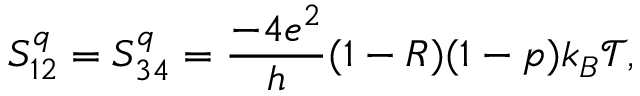
{ S _ { 1 2 } ^ { q } = S _ { 3 4 } ^ { q } = \frac { - 4 e ^ { 2 } } { h } ( 1 - R ) ( 1 - p ) k _ { B } \mathcal { T } , }